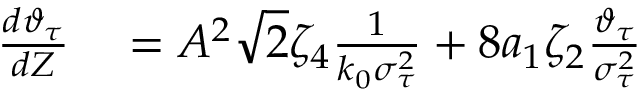
\begin{array} { r l } { \frac { d \vartheta _ { \tau } } { d Z } } & { { } = A ^ { 2 } \sqrt { 2 } \zeta _ { 4 } \frac { 1 } { k _ { 0 } \sigma _ { \tau } ^ { 2 } } + 8 a _ { 1 } \zeta _ { 2 } \frac { \vartheta _ { \tau } } { \sigma _ { \tau } ^ { 2 } } } \end{array}